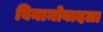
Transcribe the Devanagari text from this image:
विनामोबादला